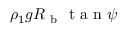
\rho _ { 1 } g R _ { \mathrm { ~ b ~ } } \mathrm { ~ t ~ a ~ n ~ } \psi